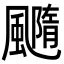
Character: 𩙇